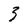
Character: 3